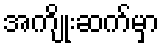
အကျိုးဆက်မှာ